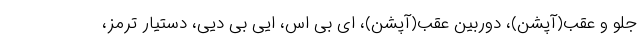
جلو و عقب(آپشن)، دوربین عقب(آپشن)، ای بی اس، ایی بی دیی، دستیار ترمز،